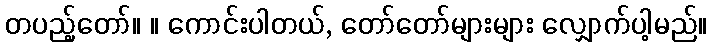
တပည့်တော်။ ။ ကောင်းပါတယ်, တော်တော်များများ လျှောက်ပါ့မည်။